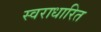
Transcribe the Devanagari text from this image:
स्वराधारित